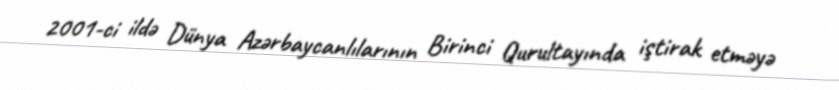
2001-ci ildə Dünya Azərbaycanlılarının Birinci Qurultayında iştirak etməyə